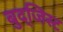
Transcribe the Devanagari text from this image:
बुद्जिस्ट